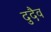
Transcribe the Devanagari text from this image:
दुदैव